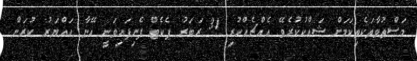
މަސްތުވާތަކެތިކަމަށް ޝައްކުކުރެވޭ އެއްޗެއްހުރި 31 ރަބަރު ޕެކެޓް ފެނިފައިވަނީ އޭނާ ހައްޔަރު ކުރަން